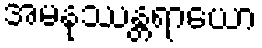
အမနုဿန္တရာယော